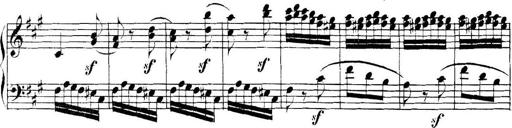
Title: Collected Piano Sonatas
Composer: Muzio Clementi